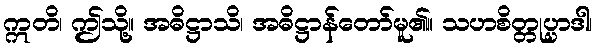
ဣတိ၊ ဤသို့။ အဓိဋ္ဌာသိ၊ အဓိဋ္ဌာန်တော်မူ၏။ သဟစိတ္တုပ္ပာဒါ၊